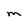
Character: M